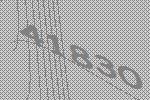
41830